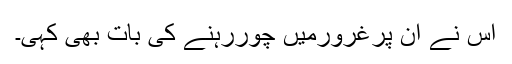
اس نے ان پرغرورمیں چوررہنے کی بات بھی کہی۔